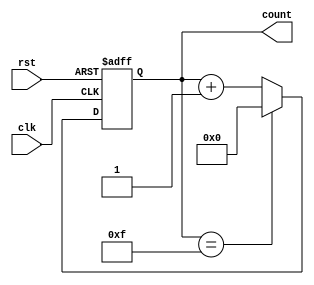
module modNctr (clk,rst,count); 
  input clk,rst;
  output reg [width-1:0] count;
  parameter N = 16;  // Modulus value
  parameter width = $clog2(N);  // calculation of bit size
  
  always @ (posedge clk,posedge rst) 
    begin  
    if (rst)  
      count <= 0;  
    else 
      begin  
        if (count == N-1)  
        count <= 0;  
        else  
        count <= count + 1;  
    end  
  end  
endmodule